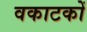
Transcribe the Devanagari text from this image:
वकाटकों